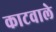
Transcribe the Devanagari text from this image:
काटवाले